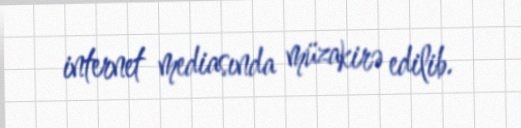
internet mediasında müzakirə edilib.